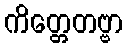
ကိတ္တေတဗ္ဗာ